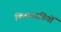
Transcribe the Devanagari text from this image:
किमवदंतियों